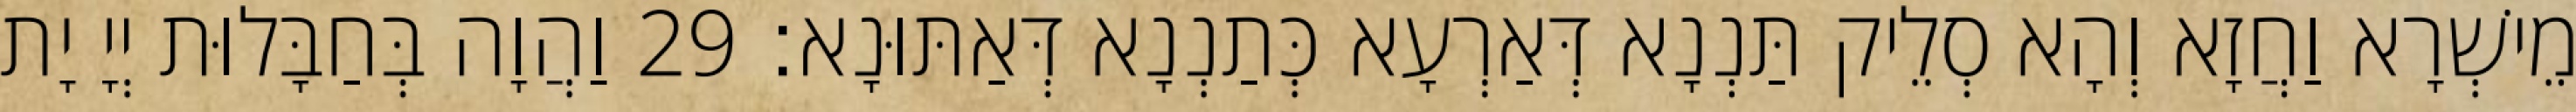
מֵישְׁרָא וַחֲזָא וְהָא סְלֵיק תַּנְנָא דְּאַרְעָא כְּתַנְנָא דְּאַתּוּנָא׃ 29 וַהֲוָה בְּחַבָּלוּת יְיָ יָת